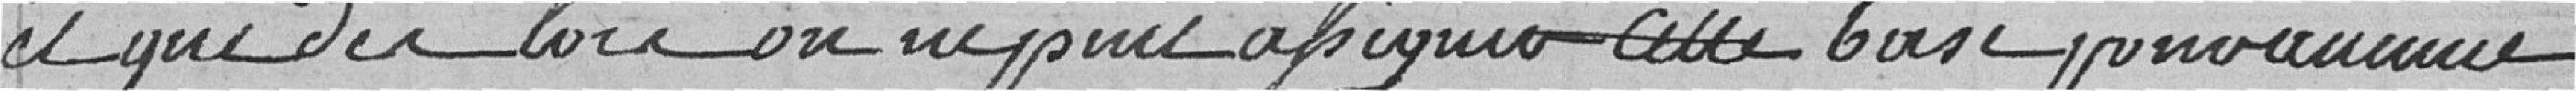
et que dès lors on ne peut appliquer cette base ??